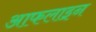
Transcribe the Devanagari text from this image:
आफलाइन